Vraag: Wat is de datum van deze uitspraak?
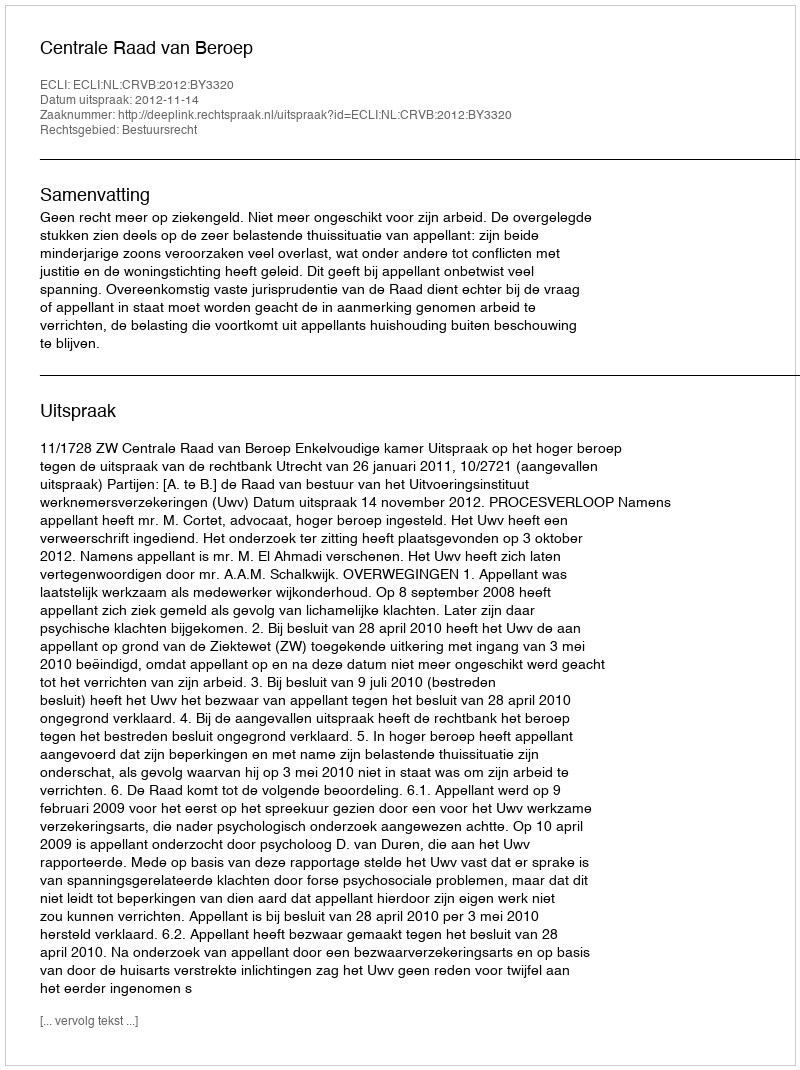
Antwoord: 2012-11-14